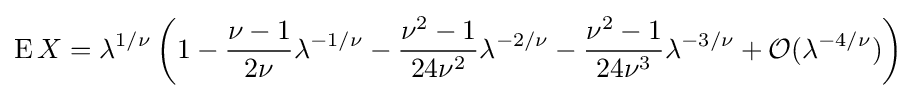
\operatorname {E} X=\lambda ^{1/\nu }\left(1-{\frac {\nu -1}{2\nu }}\lambda ^{-1/\nu }-{\frac {\nu ^{2}-1}{24\nu ^{2}}}\lambda ^{-2/\nu }-{\frac {\nu ^{2}-1}{24\nu ^{3}}}\lambda ^{-3/\nu }+{\mathcal {O}}(\lambda ^{-4/\nu })\right)